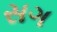
સગ